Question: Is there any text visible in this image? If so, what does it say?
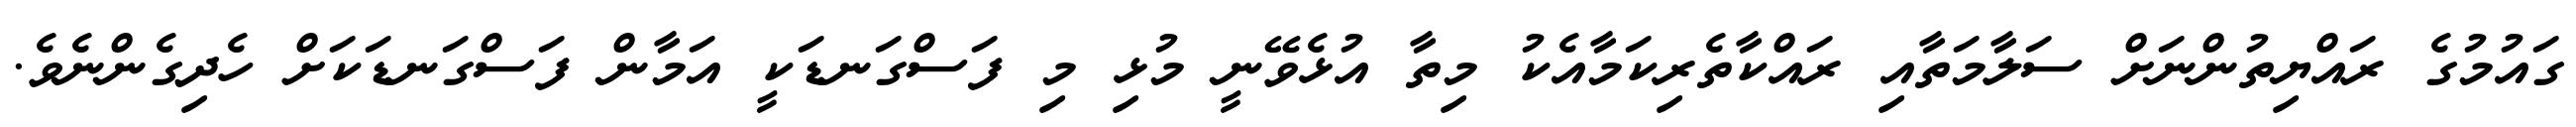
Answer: ގައުމުގެ ރައްޔިތުންނަށް ސަލާމަތާއި ރައްކާތެރިކަމާއެކު މިތާ އުޅެވޭނީ މުޅި މި ފަސްގަނޑަކީ އަމާން ފަސްގަނޑަކަށް ހެދިގެންނެވެ.